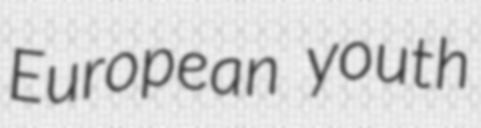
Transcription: European youth